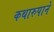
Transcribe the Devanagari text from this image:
कथारुपाने